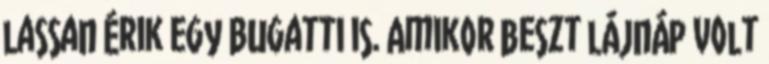
lassan érik egy Bugatti is. Amikor beszt lájnáp volt